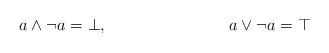
LaTeX: \begin{align*}a \wedge \neg a = \bot, &&a \vee \neg a = \top\end{align*}